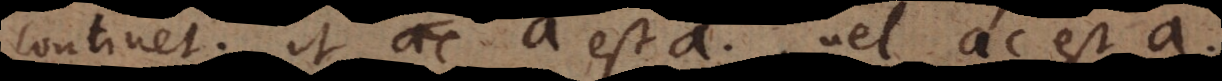
ontinet, ut a est a vel ac est a.